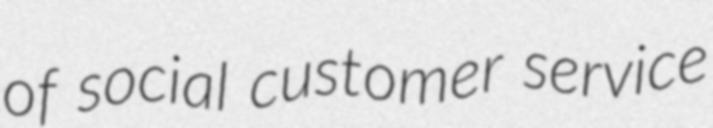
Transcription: of social customer service